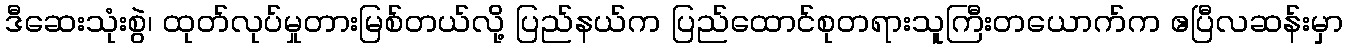
ဒီဆေးသုံးစွဲ၊ ထုတ်လုပ်မှုတားမြစ်တယ်လို့ ပြည်နယ်က ပြည်ထောင်စုတရားသူကြီးတယောက်က ဧပြီလဆန်းမှာ